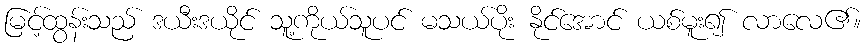
မြင့်ထွန်းသည် ဒယီးဒယိုင် သူ့ကိုယ်သူပင် မသယ်ပိုး နိုင်အောင် ယစ်မူး၍ လာလေ၏။